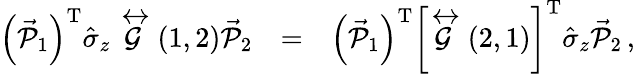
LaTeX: \begin{array}{rlr}{\left(\vec{\mathcal{P}}_{1}\right)^{\mathrm{T}}\hat{\sigma}_{z}\stackrel{\leftrightarrow}{\mathcal{G}}\left(1,2\right)\vec{\mathcal{P}}_{2}}&{=}&{\left(\vec{\mathcal{P}}_{1}\right)^{\mathrm{T}}\left\lbrack\stackrel{\leftrightarrow}{\mathcal{G}}\left(2,1\right)\right\rbrack^{\mathrm{T}}\hat{\sigma}_{z}\vec{\mathcal{P}}_{2}\, ,}\end{array}